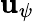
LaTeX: \mathbf{u}_{\psi}